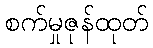
စက်မှုဇုန်ထုတ်